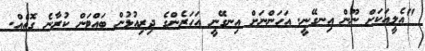
"އެލީއަކަށް ނޫން އިނގޭނީ. އަހަންނަށް އިނގޭނީ އަހަރެންގެ ދިރިއުޅުން ބައްޓަން ކުރާނެ ގޮތެއް.